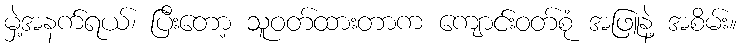
မှဲ့အနက်ရယ်၊ ပြီးတော့ သူဝတ်ထားတာက ကျောင်းဝတ်စုံ အဖြူနဲ့ အစိမ်း။